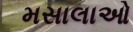
મસાલાઓ